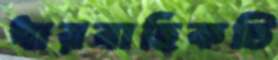
ধারবাহিকটি